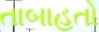
તાબાહતો